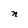
Character: n